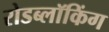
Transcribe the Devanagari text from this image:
रोडब्लॉकिंग